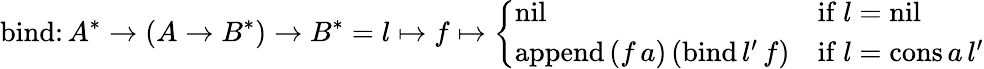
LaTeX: {\mathrm{bind}}\colon A^{*}\to(A\to B^{*})\to B^{*}=l\mapsto f\mapsto{\left\{ \begin{array}{ll}{{\mathrm{nil}}}&{{\mathrm{if}}\ l={\mathrm{nil}}}\\ {{\mathrm{append}}\, (f\, a)\, ({\mathrm{bind}}\, l^{\prime}\, f)}&{{\mathrm{if}}\ l={\mathrm{cons}}\, a\, l^{\prime}}\end{array}\right.}